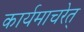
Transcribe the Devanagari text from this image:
कार्यमाचरेत्